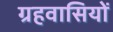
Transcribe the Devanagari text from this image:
ग्रहवासियों